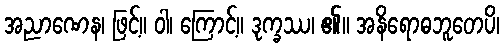
အညာဏေန၊ ဖြင့်။ ဝါ၊ ကြောင့်။ ဒုက္ခဿ၊ ၏။ အနိရောဓဘူတေပိ၊